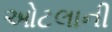
ઓટલાની